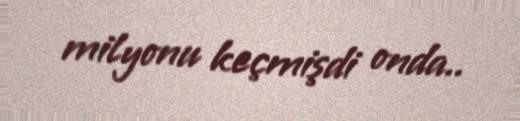
milyonu keçmişdi onda..